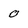
Character: 0